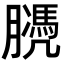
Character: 𦡻